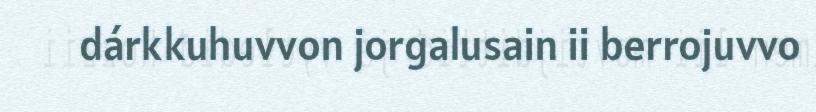
dárkkuhuvvon jorgalusain ii berrojuvvo